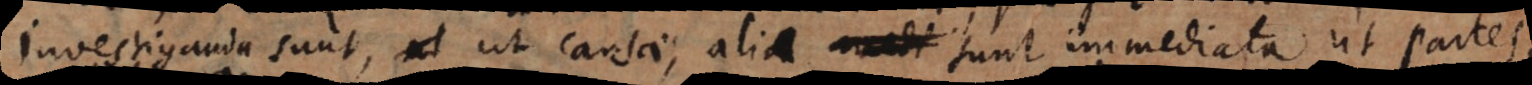
investiganda sunt, ut causae; alia sunt immediata ut partes,